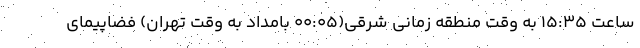
ساعت ۱۵:۳۵ به وقت منطقه زمانی شرقی(۰۰:۰۵ بامداد به وقت تهران) فضاپیمای